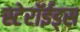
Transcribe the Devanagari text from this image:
स्टेरॉईड्स